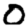
Digit: 0